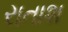
રાતાશ